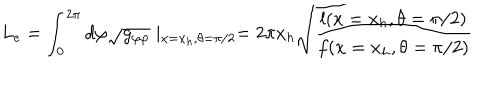
LaTeX: L _ { e } = \int _ { 0 } ^ { 2 \pi } d \varphi \sqrt { g _ { \varphi \varphi } } \mid _ { x = x _ { h } , \theta = \pi / 2 } = 2 \pi x _ { h } \sqrt { \frac { l ( x = x _ { h } , \theta = \pi / 2 ) } { f ( x = x _ { h } , \theta = \pi / 2 ) } }